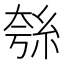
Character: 𮈋